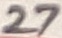
Text: 27